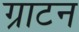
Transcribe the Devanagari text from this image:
ग्राटन